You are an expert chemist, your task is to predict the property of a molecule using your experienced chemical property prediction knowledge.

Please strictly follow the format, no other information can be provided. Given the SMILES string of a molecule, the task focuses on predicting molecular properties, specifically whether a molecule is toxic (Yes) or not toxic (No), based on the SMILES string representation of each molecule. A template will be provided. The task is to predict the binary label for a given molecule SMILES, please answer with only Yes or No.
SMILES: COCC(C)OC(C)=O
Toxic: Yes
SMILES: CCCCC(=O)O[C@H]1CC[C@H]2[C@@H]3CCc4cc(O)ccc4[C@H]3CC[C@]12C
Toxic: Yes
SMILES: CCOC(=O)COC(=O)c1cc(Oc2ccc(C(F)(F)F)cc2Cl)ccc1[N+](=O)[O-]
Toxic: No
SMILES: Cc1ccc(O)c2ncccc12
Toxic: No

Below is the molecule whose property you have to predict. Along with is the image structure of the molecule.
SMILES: CCCCN=C=O
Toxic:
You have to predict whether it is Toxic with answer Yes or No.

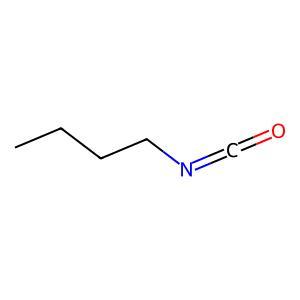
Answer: No